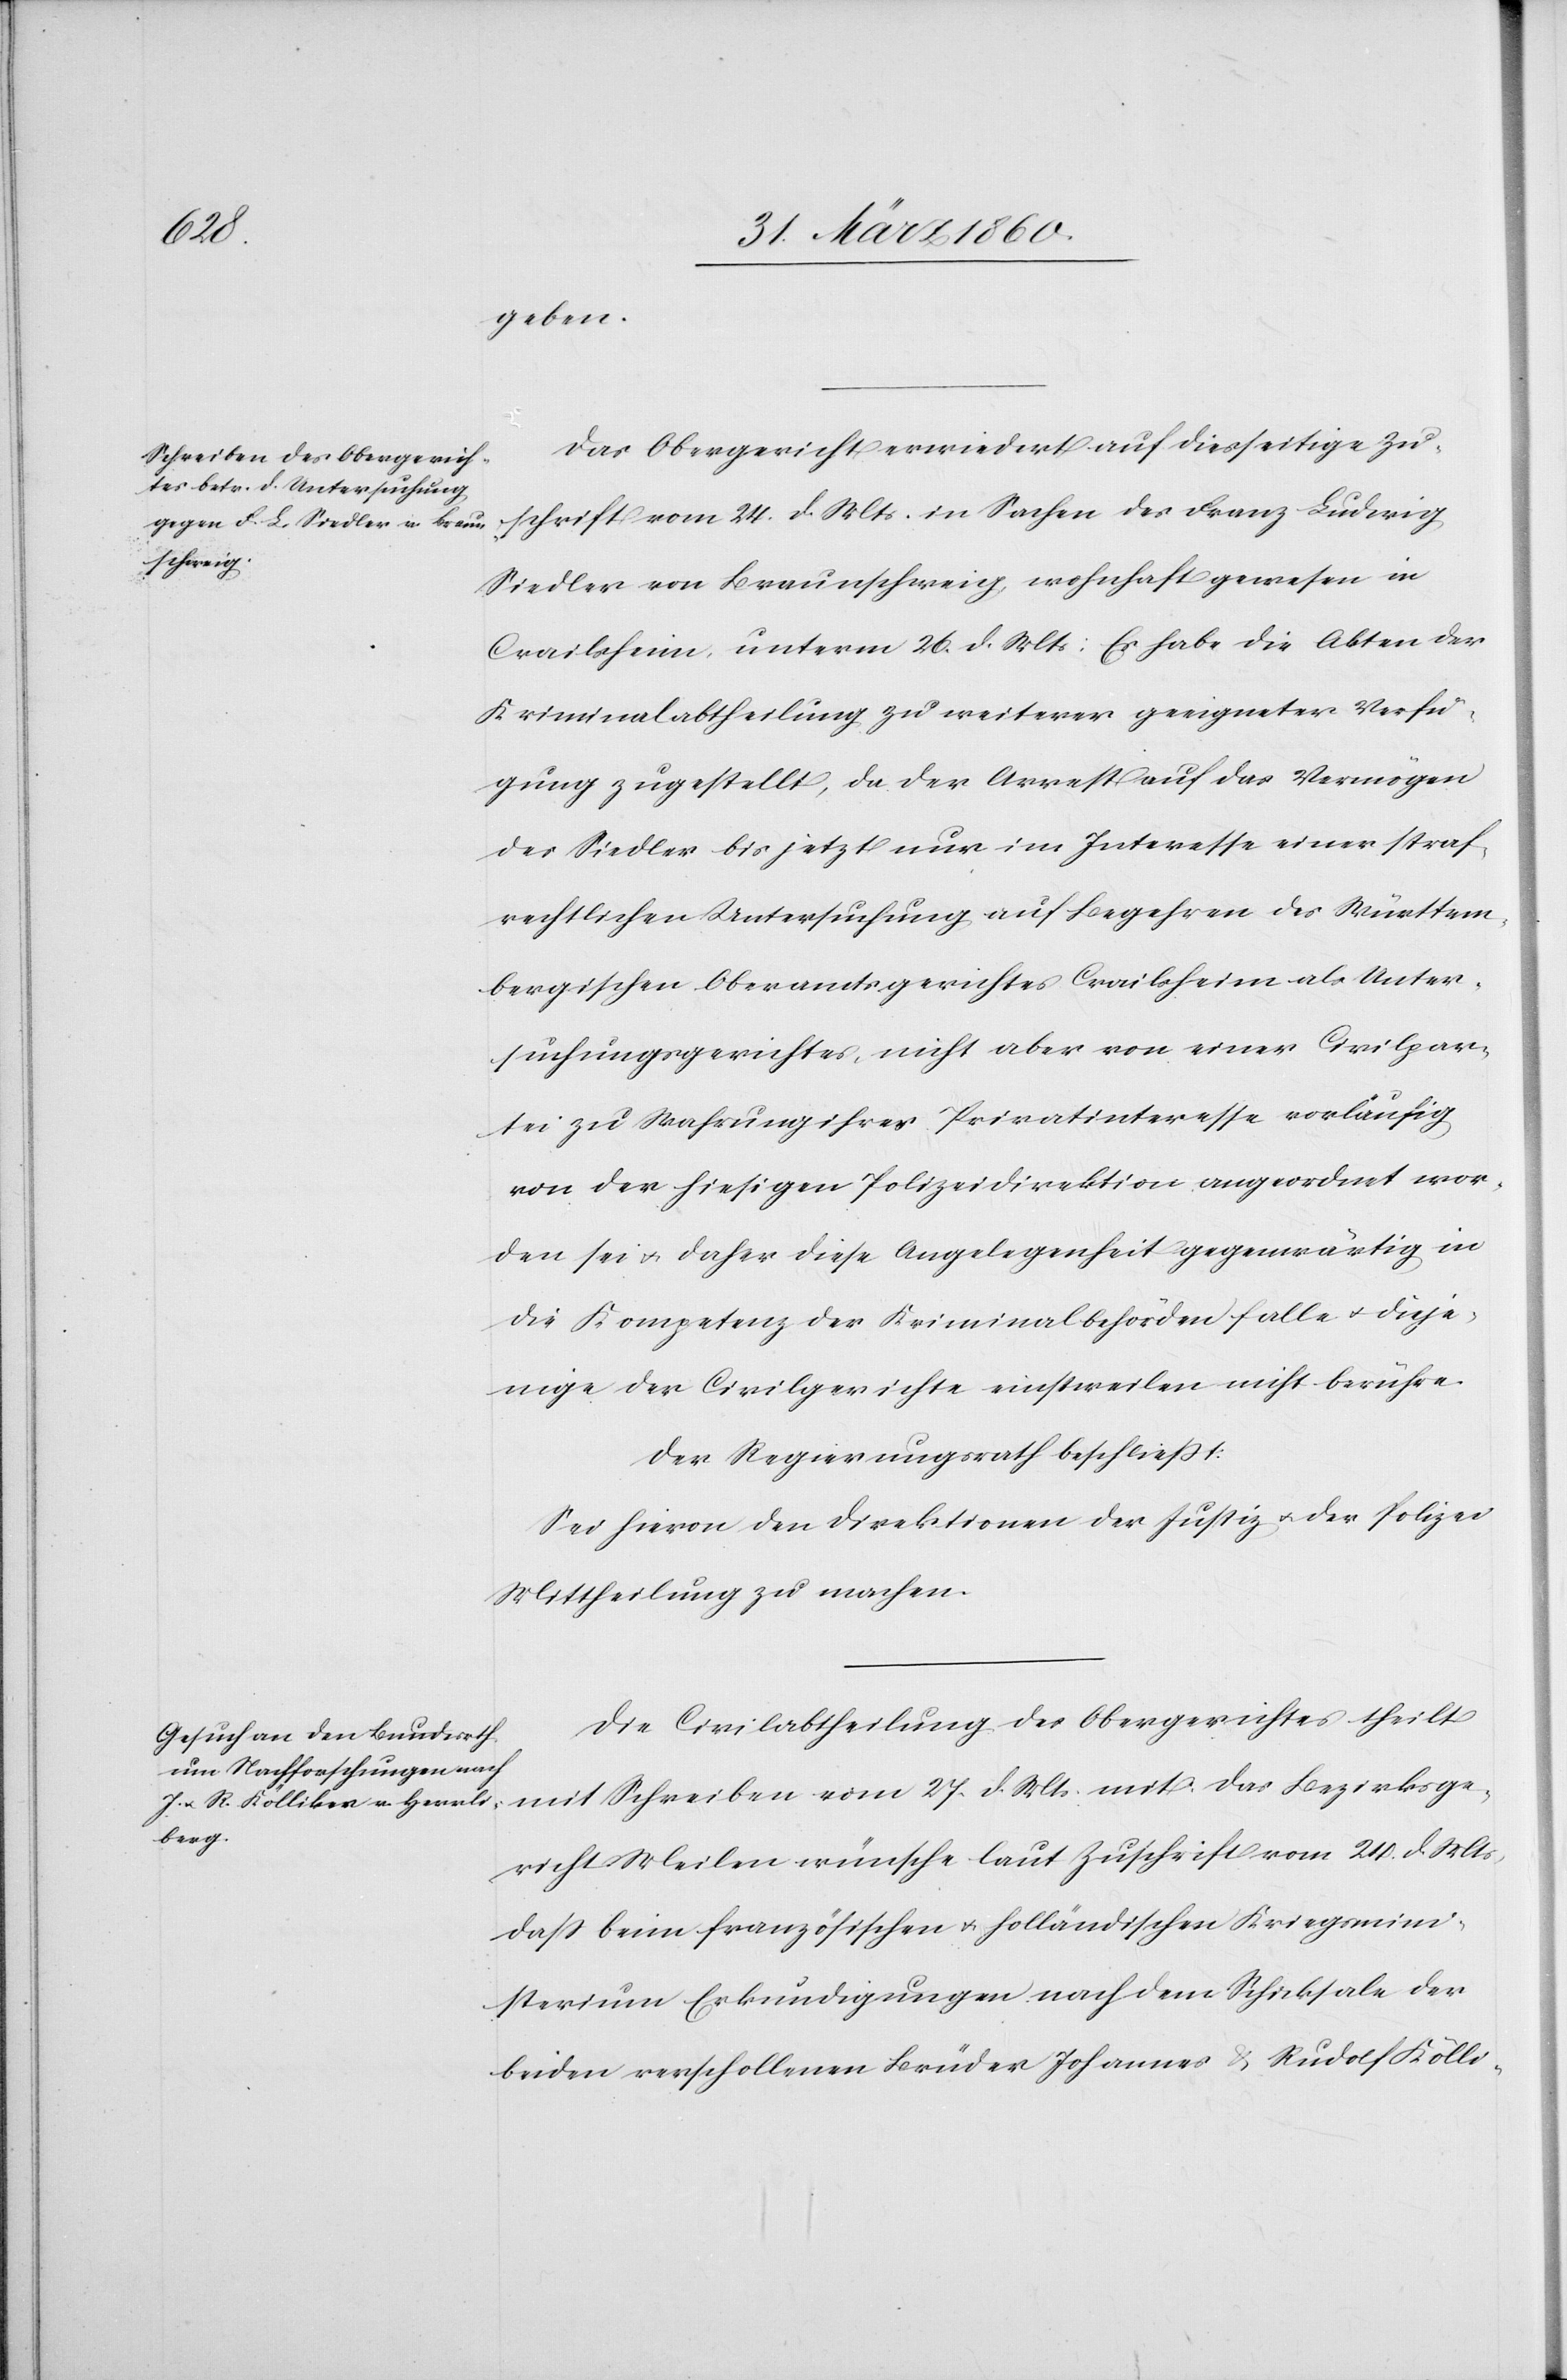
geben.
Das Obergericht erwiedert auf diesseitige Zu¬
schrift vom 24. d. Mts. in Sachen des Franz Ludwig
Siedler von Braunschweig, wohnhaft gewesen in
Crailsheim, unterm 26. d. Mts: Er habe die Akten der
Kriminalabtheilung zu weiterer geeigneter Verfü¬
gung zugestellt, da der Arrest auf das Vermögen
des Siedler bis jetzt nur im Interesse einer straf¬
rechtlichen Untersuchung auf Begehren des Württem¬
bergischen Oberamtsgerichtes Crailsheim als Unter¬
suchungsgerichtes, nicht aber von einer Civilpar¬
tei zu Wahrung ihres Privatinteresse vorläufig
von der hiesigen Polizeidirektion angeordnet wor¬
den sei u. daher diese Angelegenheit gegenwärtig in
die Kompetenz der Kriminalbehörden falle u. dieje¬
nigen der Civilgerichte einstweilen nicht berühre.
Der Regierungsrath beschliesst:
Sei hievon den Direktionen der Justiz u. der Polizei
Mittheilung zu machen.
Die Civilabtheilung des Obergerichtes theilt
mit Schreiben vom 27. d. Mts. mit: das Bezirksge¬
richt Meilen wünsche laut Zuschrift vom 24. d. Mts.
dass beim französischen u. holländischen Kriegsmini¬
sterium Erkundigungen nach dem Schicksale der
beiden verschollenen Brüder Johannes u. Rudolf Kölli-